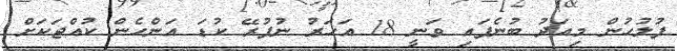
ފުލުހުން މިއަދު ބުނެފައި ވަނީ 18 އަހަރު ނުފުރޭ ކުޑަ އަންހެން ކުއްޖަކަށް